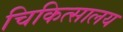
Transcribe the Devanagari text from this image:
चिकित्‍सालय